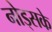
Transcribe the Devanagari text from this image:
नोड्सके